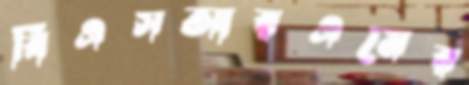
বিএসআরএমের